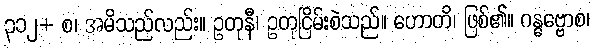
၃၁၂+ စ၊ အမိသည်လည်း။ ဥတုနီ၊ ဥတုငြိမ်းစဲသည်။ ဟောတိ၊ ဖြစ်၏။ ဂန္ဓဗ္ဗောစ၊